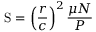
\mathrm { S } = \left( { \frac { r } { c } } \right) ^ { 2 } { \frac { \mu N } { P } }